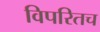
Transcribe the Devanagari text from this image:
विपरितच